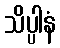
သိပ္ပါနံ